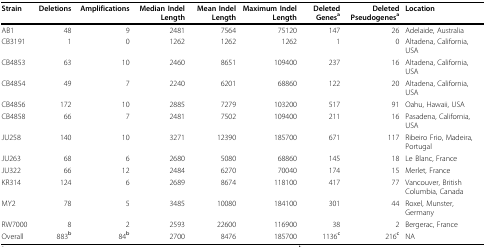
<table><thead><tr><td><b>Strain</b></td><td><b>Deletions</b></td><td><b>Amplifications</b></td><td><b>Median Indel Length</b></td><td><b>Mean Indel Length</b></td><td><b>Maximum Indel Length</b></td><td><b>Deleted Genes<sup>a</sup></b></td><td><b>Deleted Pseudogenes<sup>a</sup></b></td><td><b>Location</b></td></tr></thead><tbody><tr><td>AB1</td><td>48</td><td>9</td><td>2481</td><td>7564</td><td>75120</td><td>147</td><td>26</td><td>Adelaide, Australia</td></tr><tr><td>CB3191</td><td>1</td><td>0</td><td>1262</td><td>1262</td><td>1262</td><td>1</td><td>0</td><td>Altadena, California, USA</td></tr><tr><td>CB4853</td><td>63</td><td>10</td><td>2460</td><td>8651</td><td>109400</td><td>237</td><td>16</td><td>Altadena, California, USA</td></tr><tr><td>CB4854</td><td>49</td><td>7</td><td>2240</td><td>6201</td><td>68860</td><td>122</td><td>20</td><td>Altadena, California, USA</td></tr><tr><td>CB4856</td><td>172</td><td>10</td><td>2885</td><td>7279</td><td>103200</td><td>517</td><td>91</td><td>Oahu, Hawaii, USA</td></tr><tr><td>CB4858</td><td>66</td><td>7</td><td>2481</td><td>7502</td><td>109400</td><td>211</td><td>16</td><td>Pasadena, California, USA</td></tr><tr><td>JU258</td><td>140</td><td>10</td><td>3271</td><td>12390</td><td>185700</td><td>671</td><td>117</td><td>Ribeiro Frio, Madeira, Portugal</td></tr><tr><td>JU263</td><td>68</td><td>6</td><td>2680</td><td>5080</td><td>68860</td><td>145</td><td>18</td><td>Le Blanc, France</td></tr><tr><td>JU322</td><td>66</td><td>12</td><td>2484</td><td>6270</td><td>70040</td><td>174</td><td>15</td><td>Merlet, France</td></tr><tr><td>KR314</td><td>124</td><td>6</td><td>2689</td><td>8674</td><td>118100</td><td>417</td><td>77</td><td>Vancouver, British Columbia, Canada</td></tr><tr><td>MY2</td><td>78</td><td>5</td><td>3485</td><td>10080</td><td>184100</td><td>301</td><td>44</td><td>Roxel, Munster, Germany</td></tr><tr><td>RW7000</td><td>8</td><td>2</td><td>2593</td><td>22600</td><td>116900</td><td>38</td><td>2</td><td>Bergerac, France</td></tr><tr><td>Overall</td><td>883<sup><b>b</b></sup></td><td>84<sup><b>b</b></sup></td><td>2700</td><td>8476</td><td>185700</td><td>1136<sup><b>c</b></sup></td><td>216<sup><b>c</b></sup></td><td>NA</td></tr></tbody></table>